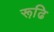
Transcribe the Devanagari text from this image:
रूढि़